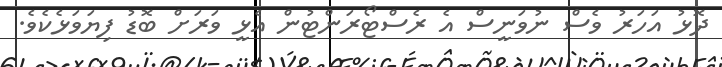
ދޮޅު އަހަރު ވެސް ނުވަނީސް އެ ރެސްޓޯރަންޓުން އެޅީ ވަރަށް ބޮޑު ފިޔަވަޅެކެވެ.